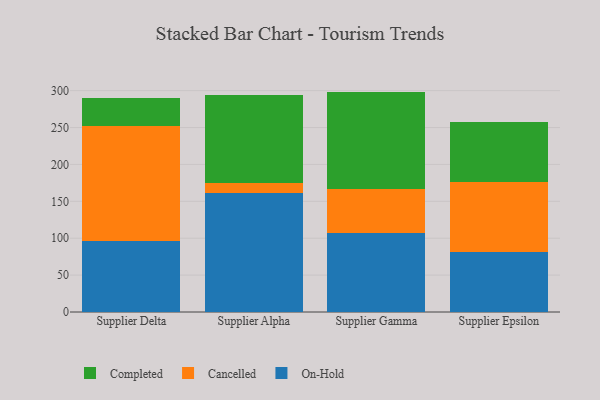
{"axis": {"x": "Supplier", "y": "Backlog"}, "legend": ["Cancelled", "Completed", "On-Hold"], "data": [{"x": "Supplier Delta", "y": 95.6, "type": "On-Hold"}, {"x": "Supplier Delta", "y": 156.0, "type": "Cancelled"}, {"x": "Supplier Delta", "y": 39.1, "type": "Completed"}, {"x": "Supplier Alpha", "y": 160.8, "type": "On-Hold"}, {"x": "Supplier Alpha", "y": 13.8, "type": "Cancelled"}, {"x": "Supplier Alpha", "y": 119.9, "type": "Completed"}, {"x": "Supplier Gamma", "y": 106.6, "type": "On-Hold"}, {"x": "Supplier Gamma", "y": 60.6, "type": "Cancelled"}, {"x": "Supplier Gamma", "y": 131.5, "type": "Completed"}, {"x": "Supplier Epsilon", "y": 81.0, "type": "On-Hold"}, {"x": "Supplier Epsilon", "y": 95.7, "type": "Cancelled"}, {"x": "Supplier Epsilon", "y": 80.4, "type": "Completed"}]}